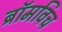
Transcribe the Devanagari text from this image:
ब्रॉमविच